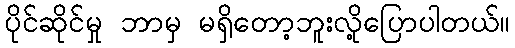
ပိုင်ဆိုင်မှု ဘာမှ မရှိတော့ဘူးလို့ပြောပါတယ်။